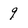
Character: 9